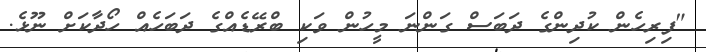
"ފިރިހެން ކުދިންގެ ދަބަސް ގަންނަ މީހުން ވަކި ބްރޭޑެއްގެ ދަބަހެއް ހޯދާކަށް ނޫޅެ.